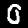
Label: 0